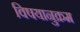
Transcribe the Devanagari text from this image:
विषयानुक्रम